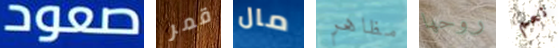
صعود قمر مال مظاهر روحها نعم